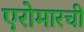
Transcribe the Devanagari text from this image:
एरोमारची